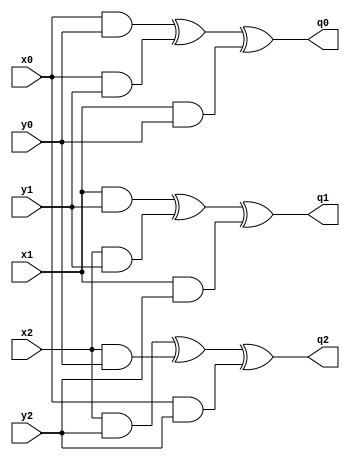
// TI AND

module ti_and (x2, x0, x1, y2, y0, y1, q0, q1, q2);

  input  [7:0]     x2;
  input  [7:0]     x0;
  input  [7:0]     x1;
  input  [7:0]     y2;
  input  [7:0]     y0;
  input  [7:0]     y1;
  output [7:0]     q0;
  output [7:0]     q1;
  output [7:0]     q2;
 
  wire [7:0]     x2;
  wire [7:0]     x0;
  wire [7:0]     x1;
  wire [7:0]     y2;
  wire [7:0]     y0;
  wire [7:0]     y1;
  wire [7:0]    q0;
  wire [7:0]   q1;
  wire [7:0]   q2;



  assign q0 = (x0 & y0) ^ (x0 & y1)  ^ (x1 & y0);
  assign q1 = (x1 & y1) ^ (x2 & y1)  ^ (x1 & y2);
  assign q2 = (x2 & y2)   ^ (x2 & y0)  ^ (x0 & y2);

 

endmodule